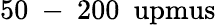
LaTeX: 50\mathrm{~-~}200~\mathrm{\ upmus}